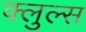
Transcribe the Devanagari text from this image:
क्लुल्स